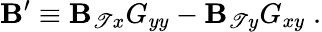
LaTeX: \mathbf{B}^{\prime}\equiv\mathbf{B}_{\mathscr{T}x}G_{yy}-\mathbf{B}_{\mathscr{T}y}G_{xy}\; .